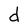
Character: d